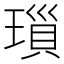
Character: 𤨏